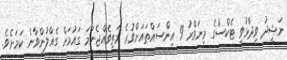
ނަޝީދު ވިދާޅުވީ ޓެކްސްގެ މިނަވްރު 9 އިންސައްތައަށްވުރެ މަތިވެއްޖެނަމަ ގައުމަށް ގެއްލުންވާނެ ކަމަށެވެ.